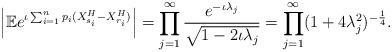
LaTeX: \begin{align*}\left|\mathbb{E}e^{\iota \sum_{i=1}^np_i(X^H_{s_i}-X^H_{r_i})}\right|=\prod_{j=1}^\infty\frac{e^{-\iota\lambda_j}}{\sqrt{1-2\iota\lambda_j}}=\prod_{j=1}^\infty(1+4\lambda_j^2)^{-\frac14}.\end{align*}